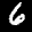
Label: 6